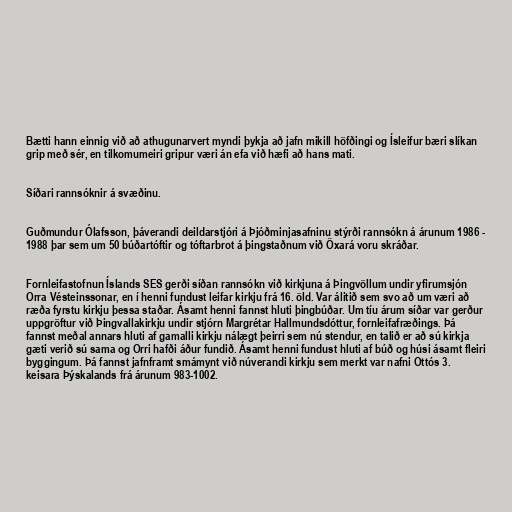
Bætti hann einnig við að athugunarvert myndi þykja að jafn mikill höfðingi og Ísleifur bæri slíkan
grip með sér, en tilkomumeiri gripur væri án efa við hæfi að hans mati.

Síðari rannsóknir á svæðinu.

Guðmundur Ólafsson, þáverandi deildarstjóri á Þjóðminjasafninu stýrði rannsókn á árunum 1986 -
1988 þar sem um 50 búðartóftir og tóftarbrot á þingstaðnum við Öxará voru skráðar.

Fornleifastofnun Íslands SES gerði síðan rannsókn við kirkjuna á Þingvöllum undir yfirumsjón
Orra Vésteinssonar, en í henni fundust leifar kirkju frá 16. öld. Var álitið sem svo að um væri að
ræða fyrstu kirkju þessa staðar. Ásamt henni fannst hluti þingbúðar. Um tíu árum síðar var gerður
uppgröftur við Þingvallakirkju undir stjórn Margrétar Hallmundsdóttur, fornleifafræðings. Þá
fannst meðal annars hluti af gamalli kirkju nálægt þeirri sem nú stendur, en talið er að sú kirkja
gæti verið sú sama og Orri hafði áður fundið. Ásamt henni fundust hluti af búð og húsi ásamt fleiri
byggingum. Þá fannst jafnframt smámynt við núverandi kirkju sem merkt var nafni Ottós 3.
keisara Þýskalands frá árunum 983-1002.